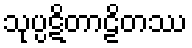
သုပ္ပဋိတာဠိတဿ